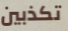
تكذبين